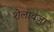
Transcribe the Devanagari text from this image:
शेलावजा